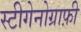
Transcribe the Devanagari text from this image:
स्टीगेनोग्राफ़ी